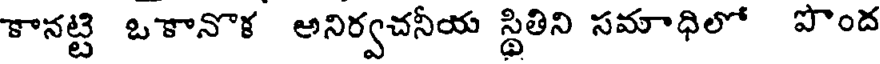
కానట్టి ఒకానొక అనిర్వచనీయ స్థితిని సమాధిలో పొంద